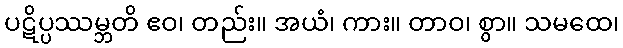
ပဋိပ္ပဿမ္ဘတိ ဧဝ၊ တည်း။ အယံ၊ ကား။ တာဝ၊ စွာ။ သမထေ၊